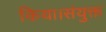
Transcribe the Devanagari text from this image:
किया।संयुक्त